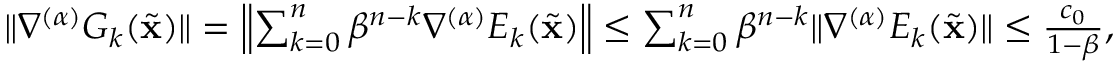
\begin{array} { r } { \| \nabla ^ { ( \alpha ) } G _ { k } ( \widetilde \mathbf { x } ) \| = \left\| \sum _ { k = 0 } ^ { n } \beta ^ { n - k } \nabla ^ { ( \alpha ) } E _ { k } ( \widetilde \mathbf { x } ) \right\| \leq \sum _ { k = 0 } ^ { n } \beta ^ { n - k } \| \nabla ^ { ( \alpha ) } E _ { k } ( \widetilde \mathbf { x } ) \| \leq \frac { c _ { 0 } } { 1 - \beta } , } \end{array}